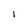
Character: i